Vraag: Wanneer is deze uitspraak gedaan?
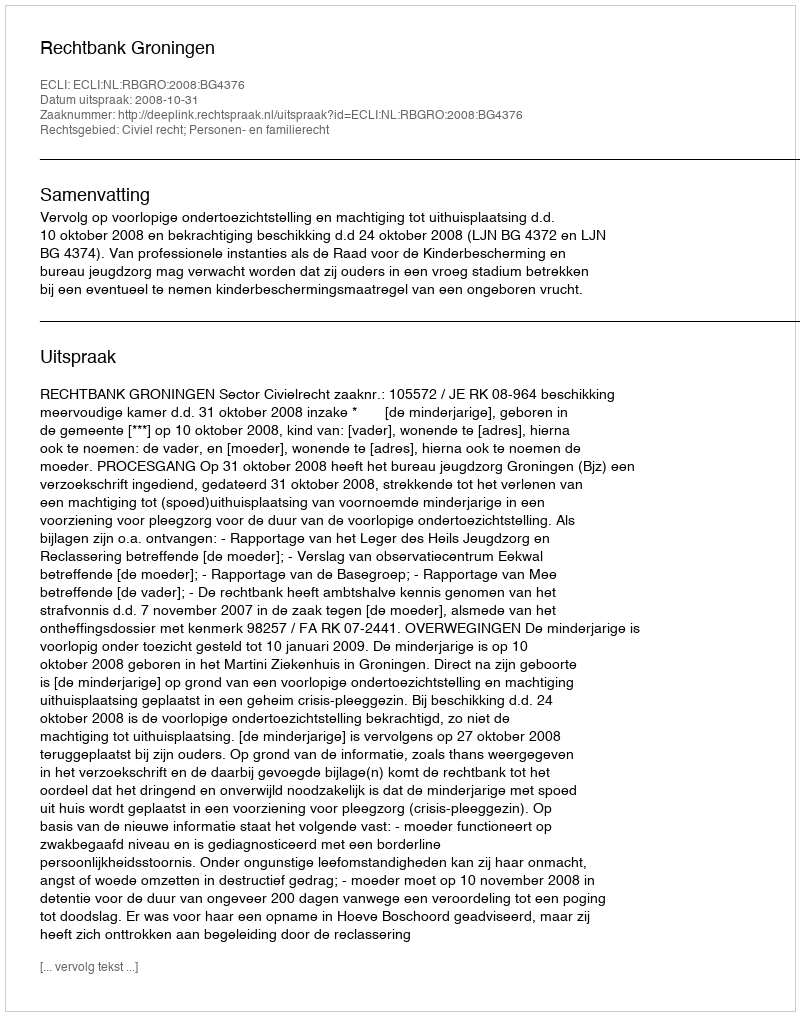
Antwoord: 2008-10-31